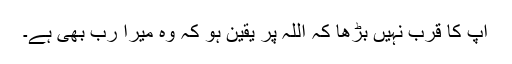
آپ کا قرب نہیں بڑھا کہ اللہ پر یقین ہو کہ وہ میرا رب بھی ہے۔